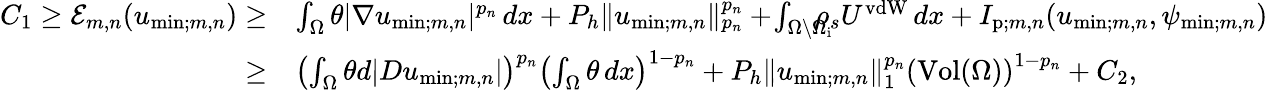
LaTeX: \begin{array}{rl}{C_{1}\geq\mathcal{E}_{m,n}(u_{\mathrm{min};m,n})\geq}&{\int_{\Omega}\theta|\nabla u_{\mathrm{min};m,n}|^{p_{n}}\, dx+P_{h}\| u_{\mathrm{min};m,n}\| _{p_{n}}^{p_{n}}+\! \int_{\Omega\setminus\Omega_{\mathrm{i}}}\! \! \! \! \! \rho_{s}U^{\mathrm{vdW}}\, dx+I_{\mathrm{p};m,n}(u_{\mathrm{min};m,n},\psi_{\mathrm{min};m,n})}\\ {\geq}&{\left(\int_{\Omega}\theta d|Du_{\mathrm{min};m,n}|\right)^{p_{n}}\left(\int_{\Omega}\theta\, dx\right)^{1-{p_{n}}}+P_{h}\| u_{\mathrm{min};m,n}\| _{1}^{p_{n}}\left(\mathrm{Vol}(\Omega)\right)^{1-{p_{n}}}+C_{2},}\end{array}